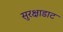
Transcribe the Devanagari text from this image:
सुरक्षाडाट